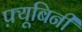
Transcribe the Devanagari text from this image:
फ़्यूबिनी